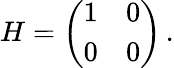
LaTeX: H=\left(\begin{array}{ll}{1}&{0}\\ {0}&{0}\end{array}\right)\, .